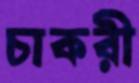
চাকরী